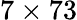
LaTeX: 7\times 73